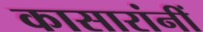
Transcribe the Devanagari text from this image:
कासारांनीं